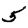
Digit: 5